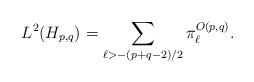
LaTeX: \begin{align*} L^2(H_{p,q})_{} = \sum_{\ell > -(p+q-2)/2} \pi_\ell^{O(p,q)}.\end{align*}